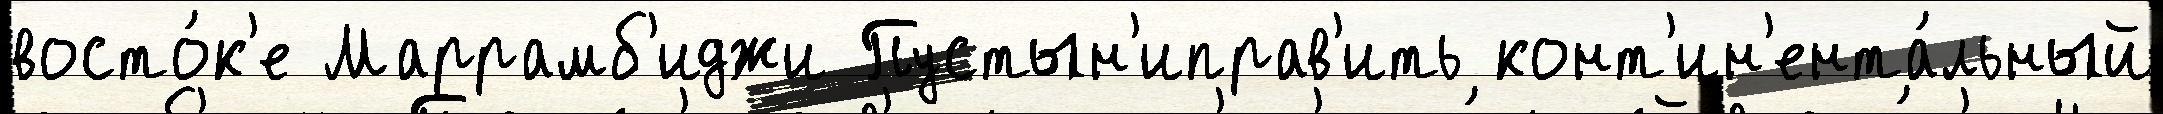
восто́к'е Маррамб'иджи Пустын'иправ'ить конт'ин'ента́льный